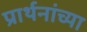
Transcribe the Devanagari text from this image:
प्रार्थनांच्या